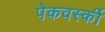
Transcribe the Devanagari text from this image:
पेकवर्स्की